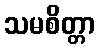
သမစိတ္တာ